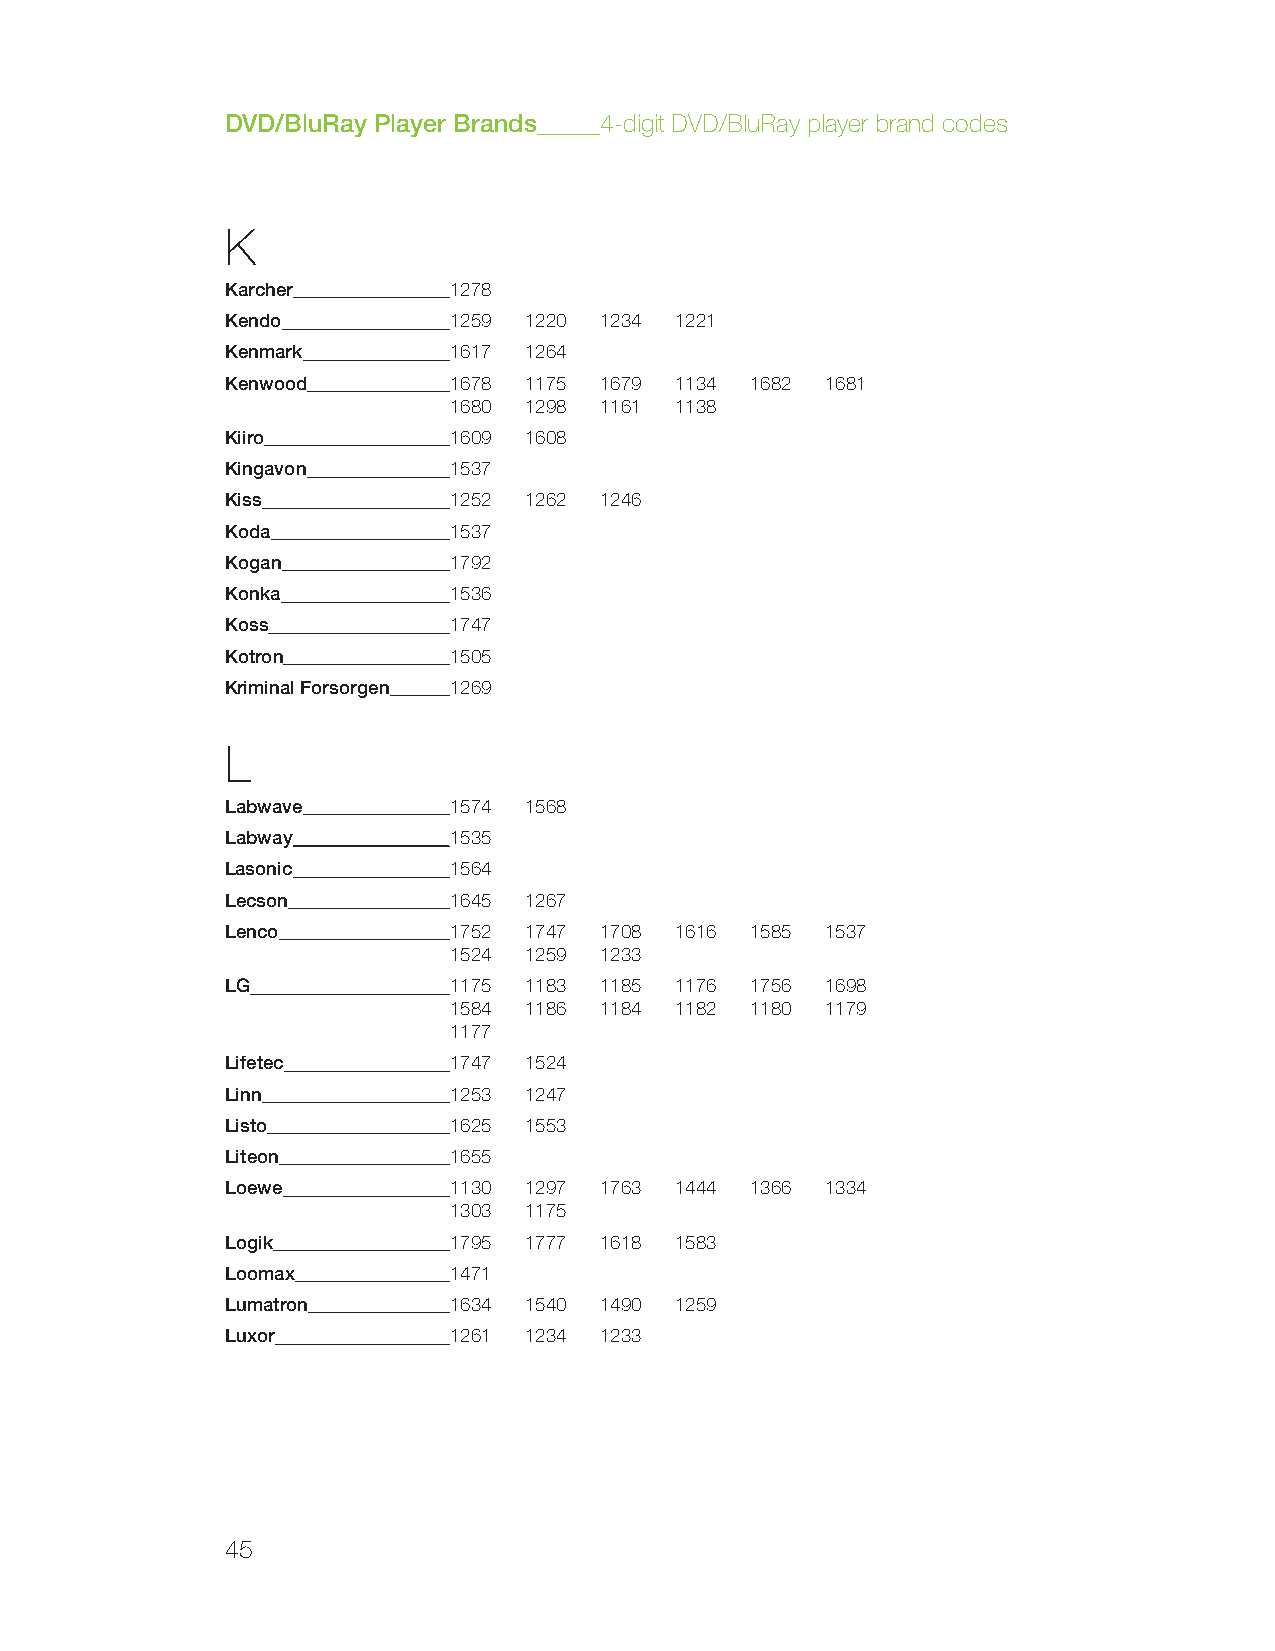
DVD/BluRay Player Brands 4-digit DVD/BluRay player brand codes
 K
 Karcher        1278
 Kendo          1259 1220 1234 1221
 Kenmark        1617 1264
 Kenwood        1678 1175 1679 1134 1682 1681
 1680 1298 1161 1138
 Kiiro          1609 1608
 Kingavon       1537
 Kiss           1252 1262 1246
 Koda           1537
 Kogan          1792
 Konka          1536
 Koss           1747
 Kotron         1505
 Kriminal Forsorgen 1269
 L
 Labwave        1574 1568
 Labway         1535
 Lasonic        1564
 Lecson         1645 1267
 Lenco          1752 1747 1708 1616 1585 1537
 1524 1259 1233
 LG             1175 1183 1185 1176 1756 1698
 1584 1186 1184 1182 1180 1179
 1177
 Lifetec        1747 1524
 Linn           1253 1247
 Listo          1625 1553
 Liteon         1655
 Loewe          1130 1297 1763 1444 1366 1334
 1303 1175
 Logik          1795 1777 1618 1583
 Loomax         1471
 Lumatron       1634 1540 1490 1259
 Luxor          1261 1234 1233
 45